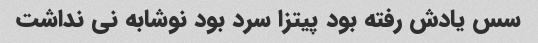
سس یادش رفته بود پیتزا سرد بود نوشابه نی نداشت